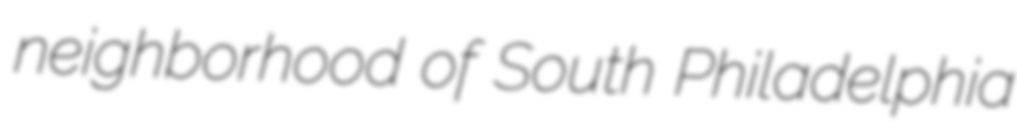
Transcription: neighborhood of South Philadelphia